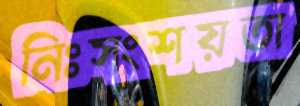
নিঃসংশয়তা